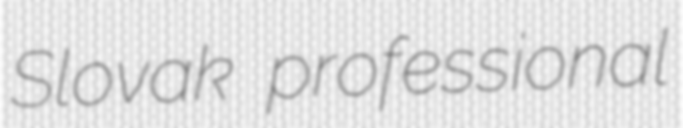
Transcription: Slovak professional